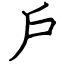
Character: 戶